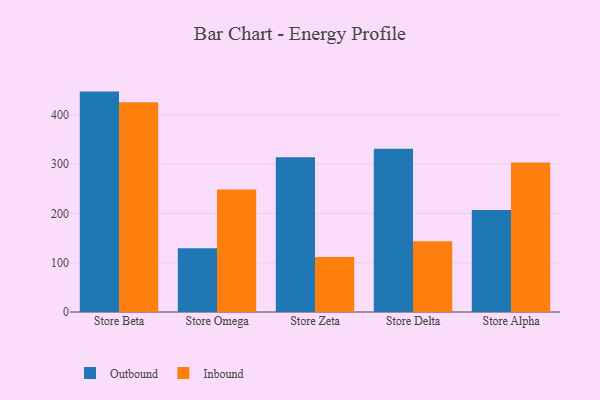
{"axis": {"x": "Store", "y": "Headcount"}, "legend": ["Inbound", "Outbound"], "data": [{"x": "Store Beta", "y": 447.4, "type": "Outbound"}, {"x": "Store Beta", "y": 425.8, "type": "Inbound"}, {"x": "Store Omega", "y": 129.2, "type": "Outbound"}, {"x": "Store Omega", "y": 248.8, "type": "Inbound"}, {"x": "Store Zeta", "y": 314.0, "type": "Outbound"}, {"x": "Store Zeta", "y": 111.5, "type": "Inbound"}, {"x": "Store Delta", "y": 331.4, "type": "Outbound"}, {"x": "Store Delta", "y": 143.4, "type": "Inbound"}, {"x": "Store Alpha", "y": 207.1, "type": "Outbound"}, {"x": "Store Alpha", "y": 303.6, "type": "Inbound"}]}